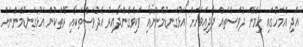
އަދި އެމަހުގައި ހިމެނޭ ދުވަސްތައް ދާދިއަވަހަށް އަޅުގަނޑުމެންނާއި ވަކިވެގެންދާއިރު އެދުވަސްތަކާއި ރޭތަކުން އަޅުގަނޑުމެންނަށް